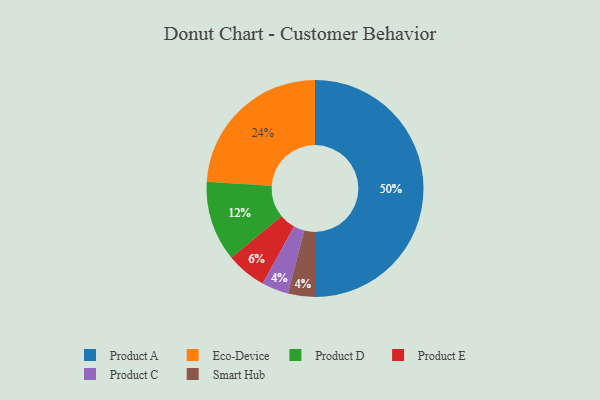
{"axis": {"x": "Category", "y": "Percentage"}, "legend": ["Eco-Device", "Product A", "Product C", "Product D", "Product E", "Smart Hub"], "data": [{"x": "Product C", "y": 4, "type": "Product C"}, {"x": "Smart Hub", "y": 4, "type": "Smart Hub"}, {"x": "Product E", "y": 6, "type": "Product E"}, {"x": "Product D", "y": 12, "type": "Product D"}, {"x": "Eco-Device", "y": 24, "type": "Eco-Device"}, {"x": "Product A", "y": 50, "type": "Product A"}]}